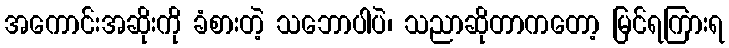
အကောင်းအဆိုးကို ခံစားတဲ့ သဘောပါပဲ၊ သညာဆိုတာကတော့ မြင်ရကြားရ